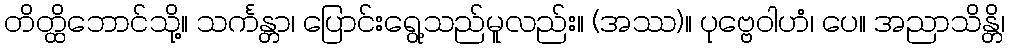
တိတ္ထိဘောင်သို့။ သင်္ကန္တာ၊ ပြောင်းရွေ့သည်မူလည်း။ (အဿ)။ ပုဗ္ဗေဝါဟံ၊ ပေ။ အညာသိန္တိ၊